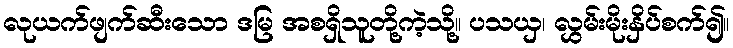
လုယက်ဖျက်ဆီးသော ဒမြ အစရှိသူတို့ကဲ့သို့။ ပသယှ၊ လွှမ်းမိုးနှိပ်စက်၍။